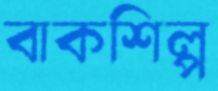
বাকশিল্প